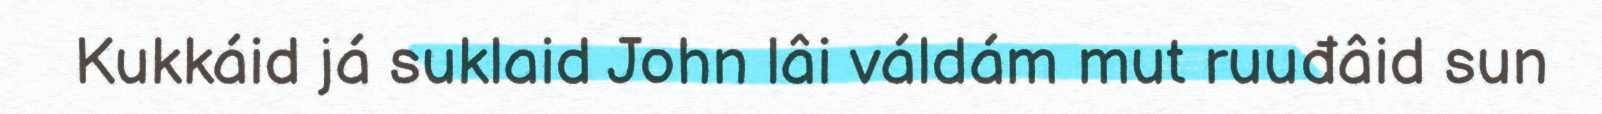
Kukkáid já suklaid John lâi váldám mut ruuđâid sun